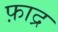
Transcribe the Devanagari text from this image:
फ़ाद्र